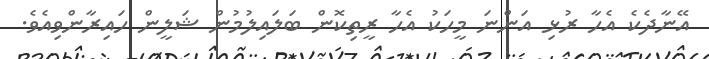
އޭނާދެކެ އެހާ ރުޅި އަންނަ މީހަކު އެހާ ރީތިކޮން ބަލައިލުމުން ޝަލީން ހައިރާންވިއެވެ.